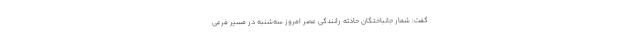
گفت: شمار جانباختگان حادثه رانندگی عصر امروز سه‌شنبه در مسیر فرعی